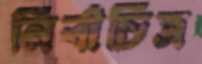
নির্বাচিত্র